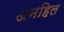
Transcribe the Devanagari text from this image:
अनहिल